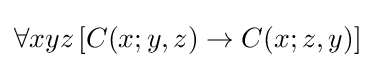
\forall xyz\,[C(x;y,z)\rightarrow C(x;z,y)]